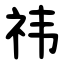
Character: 祎